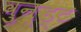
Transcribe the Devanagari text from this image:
वुन्ड्ट